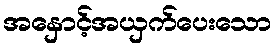
အနှောင့်အယှက်ပေးသော